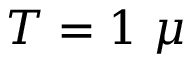
T = 1 \ \mu